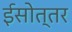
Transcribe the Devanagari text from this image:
ईसोत्तर